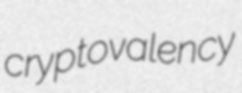
cryptovalency